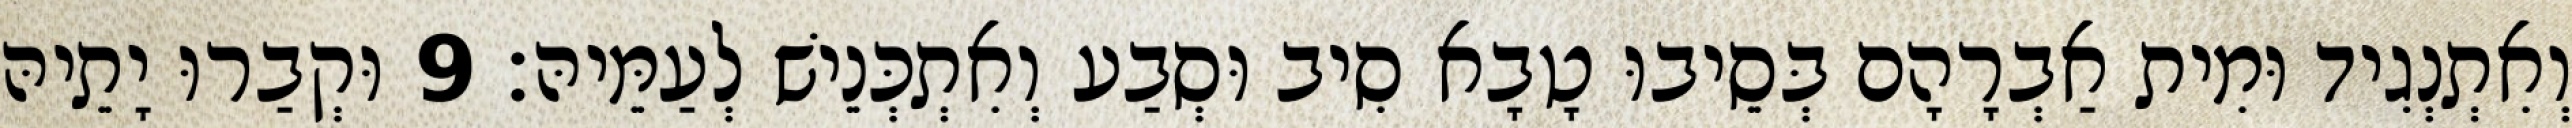
וְאִתְנְגִיד וּמִית אַבְרָהָם בְּסֵיבוּ טָבָא סִיב וּסְבַע וְאִתְכְּנֵישׁ לְעַמֵּיהּ׃ 9 וּקְבַרוּ יָתֵיהּ